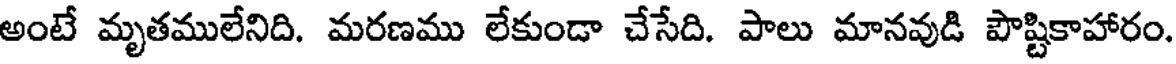
అంటే మృతములేనిది. మరణము లేకుండా చేసేది. పాలు మానవుడి పౌష్టికాహారం.